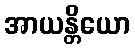
အာယန္တိယော